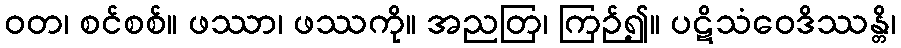
ဝတ၊ စင်စစ်။ ဖဿာ၊ ဖဿကို။ အညတြ၊ ကြဉ်၍။ ပဋိသံဝေဒိဿန္တိ၊